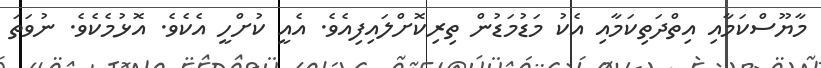
މާޔޫސްކަމާއި އިތްދަތިކަމާއި އެކު މަޑުމަޑުން ތިރިކޮށްލައިފިއެވެ. އެއީ ކުށްހީ އެކެވެ. އޮޅުމެކެވެ. ނުވަތަ